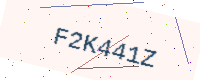
Text: F2K441Z